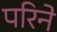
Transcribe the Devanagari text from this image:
परिने